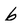
Character: 6